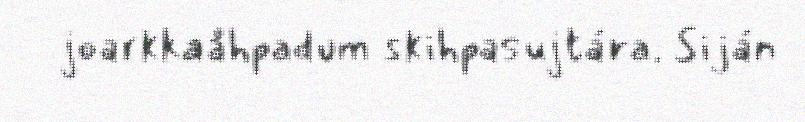
joarkkaåhpadum skihpasujtára. Siján